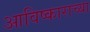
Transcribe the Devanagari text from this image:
आविष्काराच्या